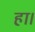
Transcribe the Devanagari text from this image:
हा।